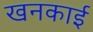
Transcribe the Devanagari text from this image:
खनकाई